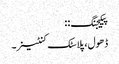
پیکیجنگ: :
ڈھول ، پلاسٹک کنٹینر۔